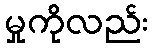
မှုကိုလည်း